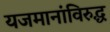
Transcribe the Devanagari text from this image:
यजमानांविरुद्ध